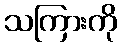
သကြားကို